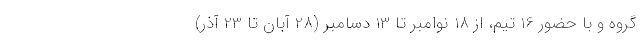
گروه و با حضور 16 تیم، از 18 نوامبر تا 13 دسامبر (28 آبان تا 23 آذر)